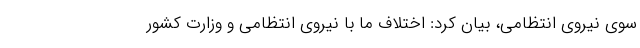
سوی نیروی انتظامی، بیان کرد: اختلاف ما با نیروی انتظامی و وزارت کشور